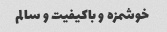
خوشمزه و باکیفیت و سالم